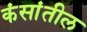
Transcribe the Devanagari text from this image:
कंसांतील